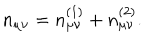
LaTeX: n _ { \mu \nu } = n _ { \mu \nu } ^ { ( 1 ) } + n _ { \mu \nu } ^ { ( 2 ) } .